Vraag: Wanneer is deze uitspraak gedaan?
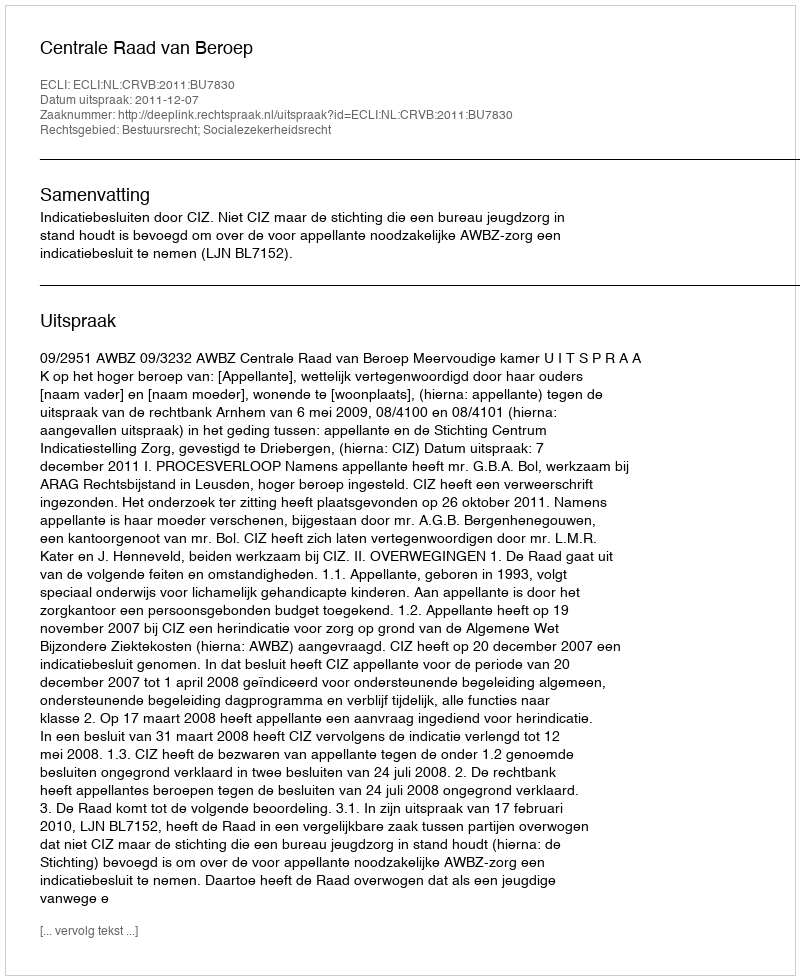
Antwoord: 2011-12-07